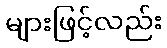
များဖြင့်လည်း